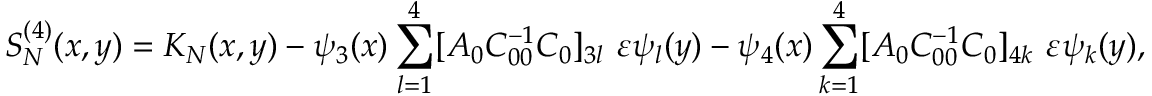
S _ { N } ^ { ( 4 ) } ( x , y ) = K _ { N } ( x , y ) - \psi _ { 3 } ( x ) \sum _ { l = 1 } ^ { 4 } [ A _ { 0 } C _ { 0 0 } ^ { - 1 } C _ { 0 } ] _ { 3 l } \ \varepsilon \psi _ { l } ( y ) - \psi _ { 4 } ( x ) \sum _ { k = 1 } ^ { 4 } [ A _ { 0 } C _ { 0 0 } ^ { - 1 } C _ { 0 } ] _ { 4 k } \ \varepsilon \psi _ { k } ( y ) ,